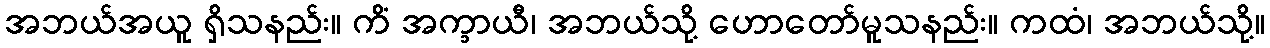
အဘယ်အယူ ရှိသနည်း။ ကိံ အက္ခာယီ၊ အဘယ်သို့ ဟောတော်မူသနည်း။ ကထံ၊ အဘယ်သို့။